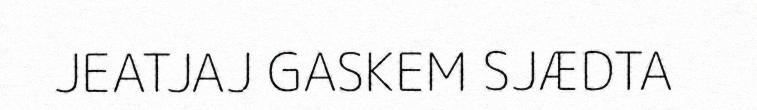
JEATJAJ GASKEM SJÆDTA